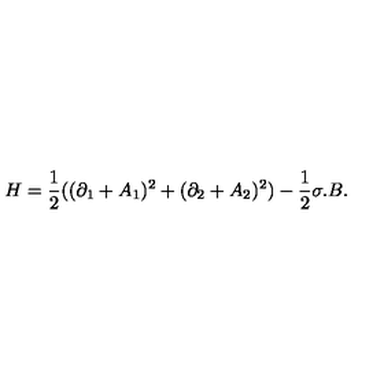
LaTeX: H = { \frac { 1 } { 2 } } ( ( \partial _ { 1 } + A _ { 1 } ) ^ { 2 } + ( \partial _ { 2 } + A _ { 2 } ) ^ { 2 } ) - { \frac { 1 } { 2 } } { \sigma } . B .